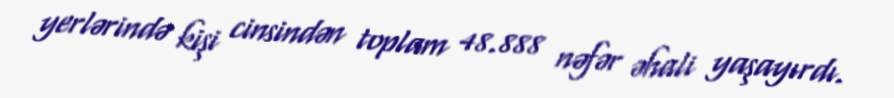
yerlərində kişi cinsindən toplam 48.888 nəfər əhali yaşayırdı.